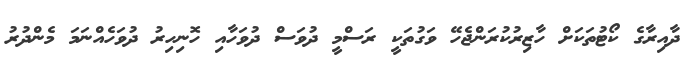
ދާއިރާގެ ކޯޓުތަކަށް ހާޒިރުކުރަންޖެހޭ ވަގުތަކީ ރަސްމީ ދުވަސް ދުވަހާއި ހޮނިހިރު ދުވަހެއްނަމަ މެންދުރު